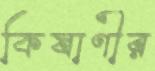
কিষাণীর